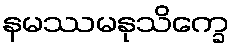
နမဿမနုသိက္ခေ